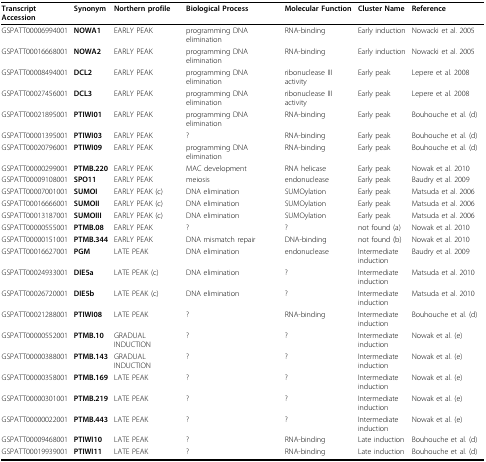
<table><thead><tr><td><b>Transcript Accession</b></td><td><b>Synonym</b></td><td><b>Northern profile</b></td><td><b>Biological Process</b></td><td><b>Molecular Function</b></td><td><b>Cluster Name</b></td><td><b>Reference</b></td></tr></thead><tbody><tr><td>GSPATT00006994001</td><td><b>NOWA1</b></td><td>EARLY PEAK</td><td>programming DNA elimination</td><td>RNA-binding</td><td>Early induction</td><td>Nowacki et al. 2005</td></tr><tr><td>GSPATT00016668001</td><td><b>NOWA2</b></td><td>EARLY PEAK</td><td>programming DNA elimination</td><td>RNA-binding</td><td>Early induction</td><td>Nowacki et al. 2005</td></tr><tr><td>GSPATT00008494001</td><td><b>DCL2</b></td><td>EARLY PEAK</td><td>programming DNA elimination</td><td>ribonuclease III activity</td><td>Early peak</td><td>Lepere et al. 2008</td></tr><tr><td>GSPATT00027456001</td><td><b>DCL3</b></td><td>EARLY PEAK</td><td>programming DNA elimination</td><td>ribonuclease III activity</td><td>Early peak</td><td>Lepere et al. 2008</td></tr><tr><td>GSPATT00021895001</td><td><b>PTIWI01</b></td><td>EARLY PEAK</td><td>programming DNA elimination</td><td>RNA-binding</td><td>Early peak</td><td>Bouhouche et al. (d)</td></tr><tr><td>GSPATT00001395001</td><td><b>PTIWI03</b></td><td>EARLY PEAK</td><td>?</td><td>RNA-binding</td><td>Early peak</td><td>Bouhouche et al. (d)</td></tr><tr><td>GSPATT00020796001</td><td><b>PTIWI09</b></td><td>EARLY PEAK</td><td>programming DNA elimination</td><td>RNA-binding</td><td>Early peak</td><td>Bouhouche et al. (d)</td></tr><tr><td>GSPATT00000299001</td><td><b>PTMB.220</b></td><td>EARLY PEAK</td><td>MAC development</td><td>RNA helicase</td><td>Early peak</td><td>Nowak et al. 2010</td></tr><tr><td>GSPATT00009108001</td><td><b>SPO11</b></td><td>EARLY PEAK</td><td>meiosis</td><td>endonuclease</td><td>Early peak</td><td>Baudry et al. 2009</td></tr><tr><td>GSPATT00007001001</td><td><b>SUMOI</b></td><td>EARLY PEAK (c)</td><td>DNA elimination</td><td>SUMOylation</td><td>Early peak</td><td>Matsuda et al. 2006</td></tr><tr><td>GSPATT00016666001</td><td><b>SUMOII</b></td><td>EARLY PEAK (c)</td><td>DNA elimination</td><td>SUMOylation</td><td>Early peak</td><td>Matsuda et al. 2006</td></tr><tr><td>GSPATT00013187001</td><td><b>SUMOIII</b></td><td>EARLY PEAK (c)</td><td>DNA elimination</td><td>SUMOylation</td><td>Early peak</td><td>Matsuda et al. 2006</td></tr><tr><td>GSPATT00000555001</td><td><b>PTMB.08</b></td><td>EARLY PEAK</td><td>?</td><td>?</td><td>not found (a)</td><td>Nowak et al. 2010</td></tr><tr><td>GSPATT00000151001</td><td><b>PTMB.344</b></td><td>EARLY PEAK</td><td>DNA mismatch repair</td><td>DNA-binding</td><td>not found (b)</td><td>Nowak et al. 2010</td></tr><tr><td>GSPATT00016627001</td><td><b>PGM</b></td><td>LATE PEAK</td><td>DNA elimination</td><td>endonuclease</td><td>Intermediate induction</td><td>Baudry et al. 2009</td></tr><tr><td>GSPATT00024933001</td><td><b>DIE5a</b></td><td>LATE PEAK (c)</td><td>DNA elimination</td><td>?</td><td>Intermediate induction</td><td>Matsuda et al. 2010</td></tr><tr><td>GSPATT00026720001</td><td><b>DIE5b</b></td><td>LATE PEAK (c)</td><td>DNA elimination</td><td>?</td><td>Intermediate induction</td><td>Matsuda et al. 2010</td></tr><tr><td>GSPATT00021288001</td><td><b>PTIWI08</b></td><td>LATE PEAK</td><td>?</td><td>RNA-binding</td><td>Intermediate induction</td><td>Bouhouche et al. (d)</td></tr><tr><td>GSPATT00000552001</td><td><b>PTMB.10</b></td><td>GRADUAL INDUCTION</td><td>?</td><td>?</td><td>Intermediate induction</td><td>Nowak et al. (e)</td></tr><tr><td>GSPATT00000388001</td><td><b>PTMB.143</b></td><td>GRADUAL INDUCTION</td><td>?</td><td>?</td><td>Intermediate induction</td><td>Nowak et al. (e)</td></tr><tr><td>GSPATT00000358001</td><td><b>PTMB.169</b></td><td>LATE PEAK</td><td>?</td><td>?</td><td>Intermediate induction</td><td>Nowak et al. (e)</td></tr><tr><td>GSPATT00000301001</td><td><b>PTMB.219</b></td><td>LATE PEAK</td><td>?</td><td>?</td><td>Intermediate induction</td><td>Nowak et al. (e)</td></tr><tr><td>GSPATT00000022001</td><td><b>PTMB.443</b></td><td>LATE PEAK</td><td>?</td><td>?</td><td>Intermediate induction</td><td>Nowak et al. (e)</td></tr><tr><td>GSPATT00009468001</td><td><b>PTIWI10</b></td><td>LATE PEAK</td><td>?</td><td>RNA-binding</td><td>Late induction</td><td>Bouhouche et al. (d)</td></tr><tr><td>GSPATT00019939001</td><td><b>PTIWI11</b></td><td>LATE PEAK</td><td>?</td><td>RNA-binding</td><td>Late induction</td><td>Bouhouche et al. (d)</td></tr></tbody></table>